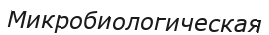
Микробиологическая